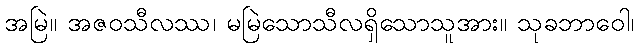
အမြဲ။ အဇဝသီလဿ၊ မမြဲသောသီလရှိသောသူအား။ သုခဘာဝေါ၊